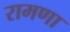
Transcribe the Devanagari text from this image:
रामणा